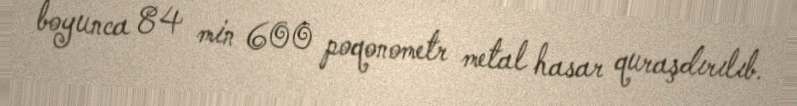
boyunca 84 min 600 poqonometr metal hasar quraşdırılıb.